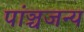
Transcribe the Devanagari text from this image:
पांञ्चजन्य